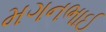
મગનભાઈ